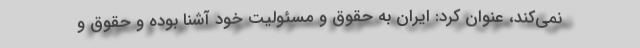
نمی‌کند، عنوان کرد: ایران به حقوق و مسئولیت خود آشنا بوده و حقوق و